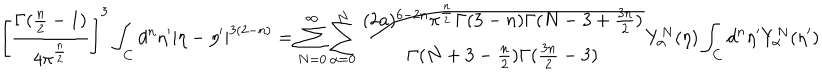
\left[ \frac { \Gamma ( \frac { n } { 2 } - 1 ) } { 4 \pi ^ { \frac { n } { 2 } } } \right] ^ { 3 } \int _ { C } d ^ { n } \eta ^ { \prime } | \eta - \eta ^ { \prime } | ^ { 3 ( 2 - n ) } = \sum _ { N = 0 } ^ { \infty } \sum _ { \alpha = 0 } ^ { N } \frac { ( 2 a ) ^ { 6 - 2 n } { \pi } ^ { \frac { n } { 2 } } \Gamma ( 3 - n ) \Gamma ( N - 3 + \frac { 3 n } { 2 } ) } { \Gamma ( N + 3 - \frac { n } { 2 } ) \Gamma ( \frac { 3 n } { 2 } - 3 ) } Y _ { \alpha } ^ { N } ( { \eta } ) \int _ { C } d ^ { n } \eta ^ { \prime } Y _ { \alpha } ^ { N } ( \eta ^ { \prime } )